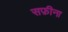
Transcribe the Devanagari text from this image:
सफ़ीना